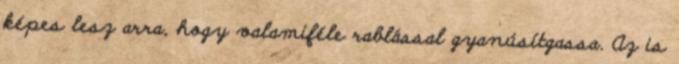
képes lesz arra, hogy valamiféle rablással gyanúsítgassa. Az is